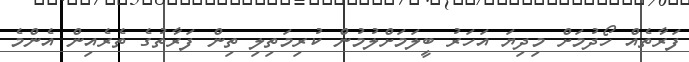
ފަރާތެއް ހޯދުމަށް މިދިޔަ އަހަރު ބީލަމަށްލުމުން ކުރިމަތިލި ތިން ފަރާތުގެ ތެރެއިން އެންމެ